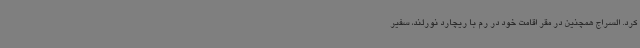
کرد. السراج همچنین در مقر اقامت خود در رم با ریچارد نورلند، سفیر